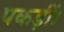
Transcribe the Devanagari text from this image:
पकड़ीं।